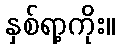
နှစ်ရာ့ကိုး။